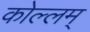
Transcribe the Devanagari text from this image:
कोल्लम्‌